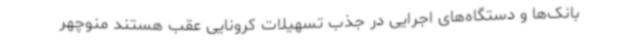
بانک‌ها و دستگاه‌های اجرایی در جذب تسهیلات کرونایی عقب هستند منوچهر